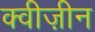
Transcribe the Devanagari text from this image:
क्वीज़ीन